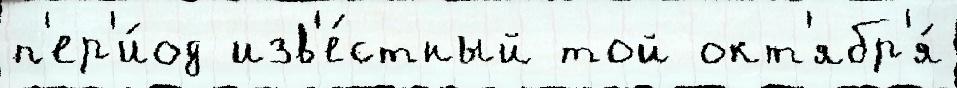
п'ер'и́од изв'е́стный той окт'ябр'я́